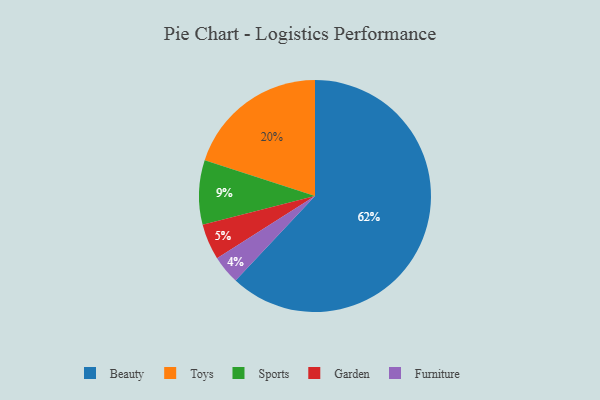
{"axis": {"x": "Category", "y": "Percentage"}, "legend": ["Beauty", "Furniture", "Garden", "Sports", "Toys"], "data": [{"x": "Furniture", "y": 4, "type": "Furniture"}, {"x": "Toys", "y": 20, "type": "Toys"}, {"x": "Sports", "y": 9, "type": "Sports"}, {"x": "Beauty", "y": 62, "type": "Beauty"}, {"x": "Garden", "y": 5, "type": "Garden"}]}